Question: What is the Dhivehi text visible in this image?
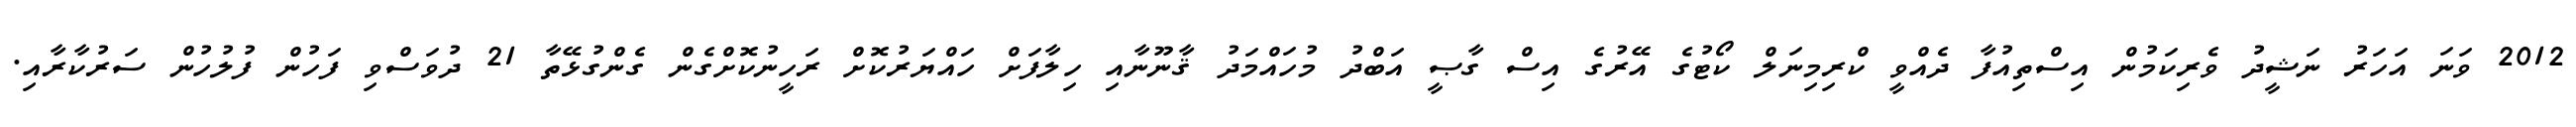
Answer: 2012 ވަނަ އަހަރު ނަޝީދު ވެރިކަމުން އިސްތިއުފާ ދެއްވީ ކްރިމިނަލް ކޯޓުގެ އޭރުގެ އިސް ގާޞީ އަބްދު މުހައްމަދު ޤާނޫނާއި ހިލާފަށް ހައްޔަރުކޮށް ރަހީނުކޮށްގެން ގެންގުޅޭތާ 21 ދުވަސްވި ފަހުން ފުލުހުން ސަރުކާރާއި.